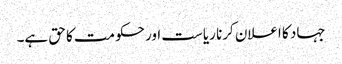
جہاد کا اعلان کرنا ریاست اور حکومت کا حق ہے۔